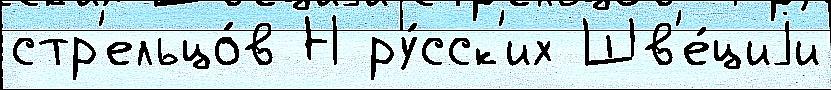
стр'ельцо́в Н ру́сск'их Шв'е́циjи